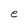
Character: e